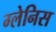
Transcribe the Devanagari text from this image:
ग्लेनिस